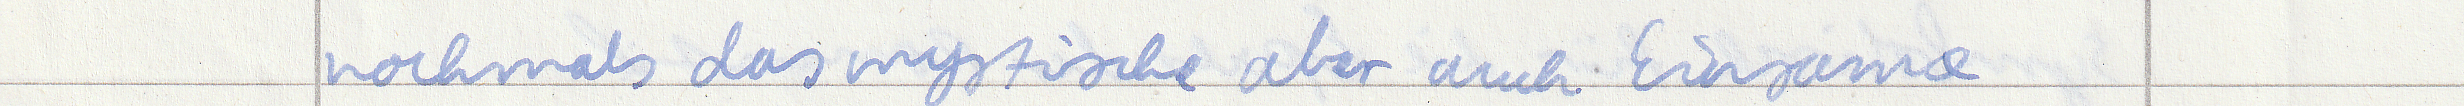
nochmals das mystische aber auch Einsame